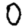
Digit: 0